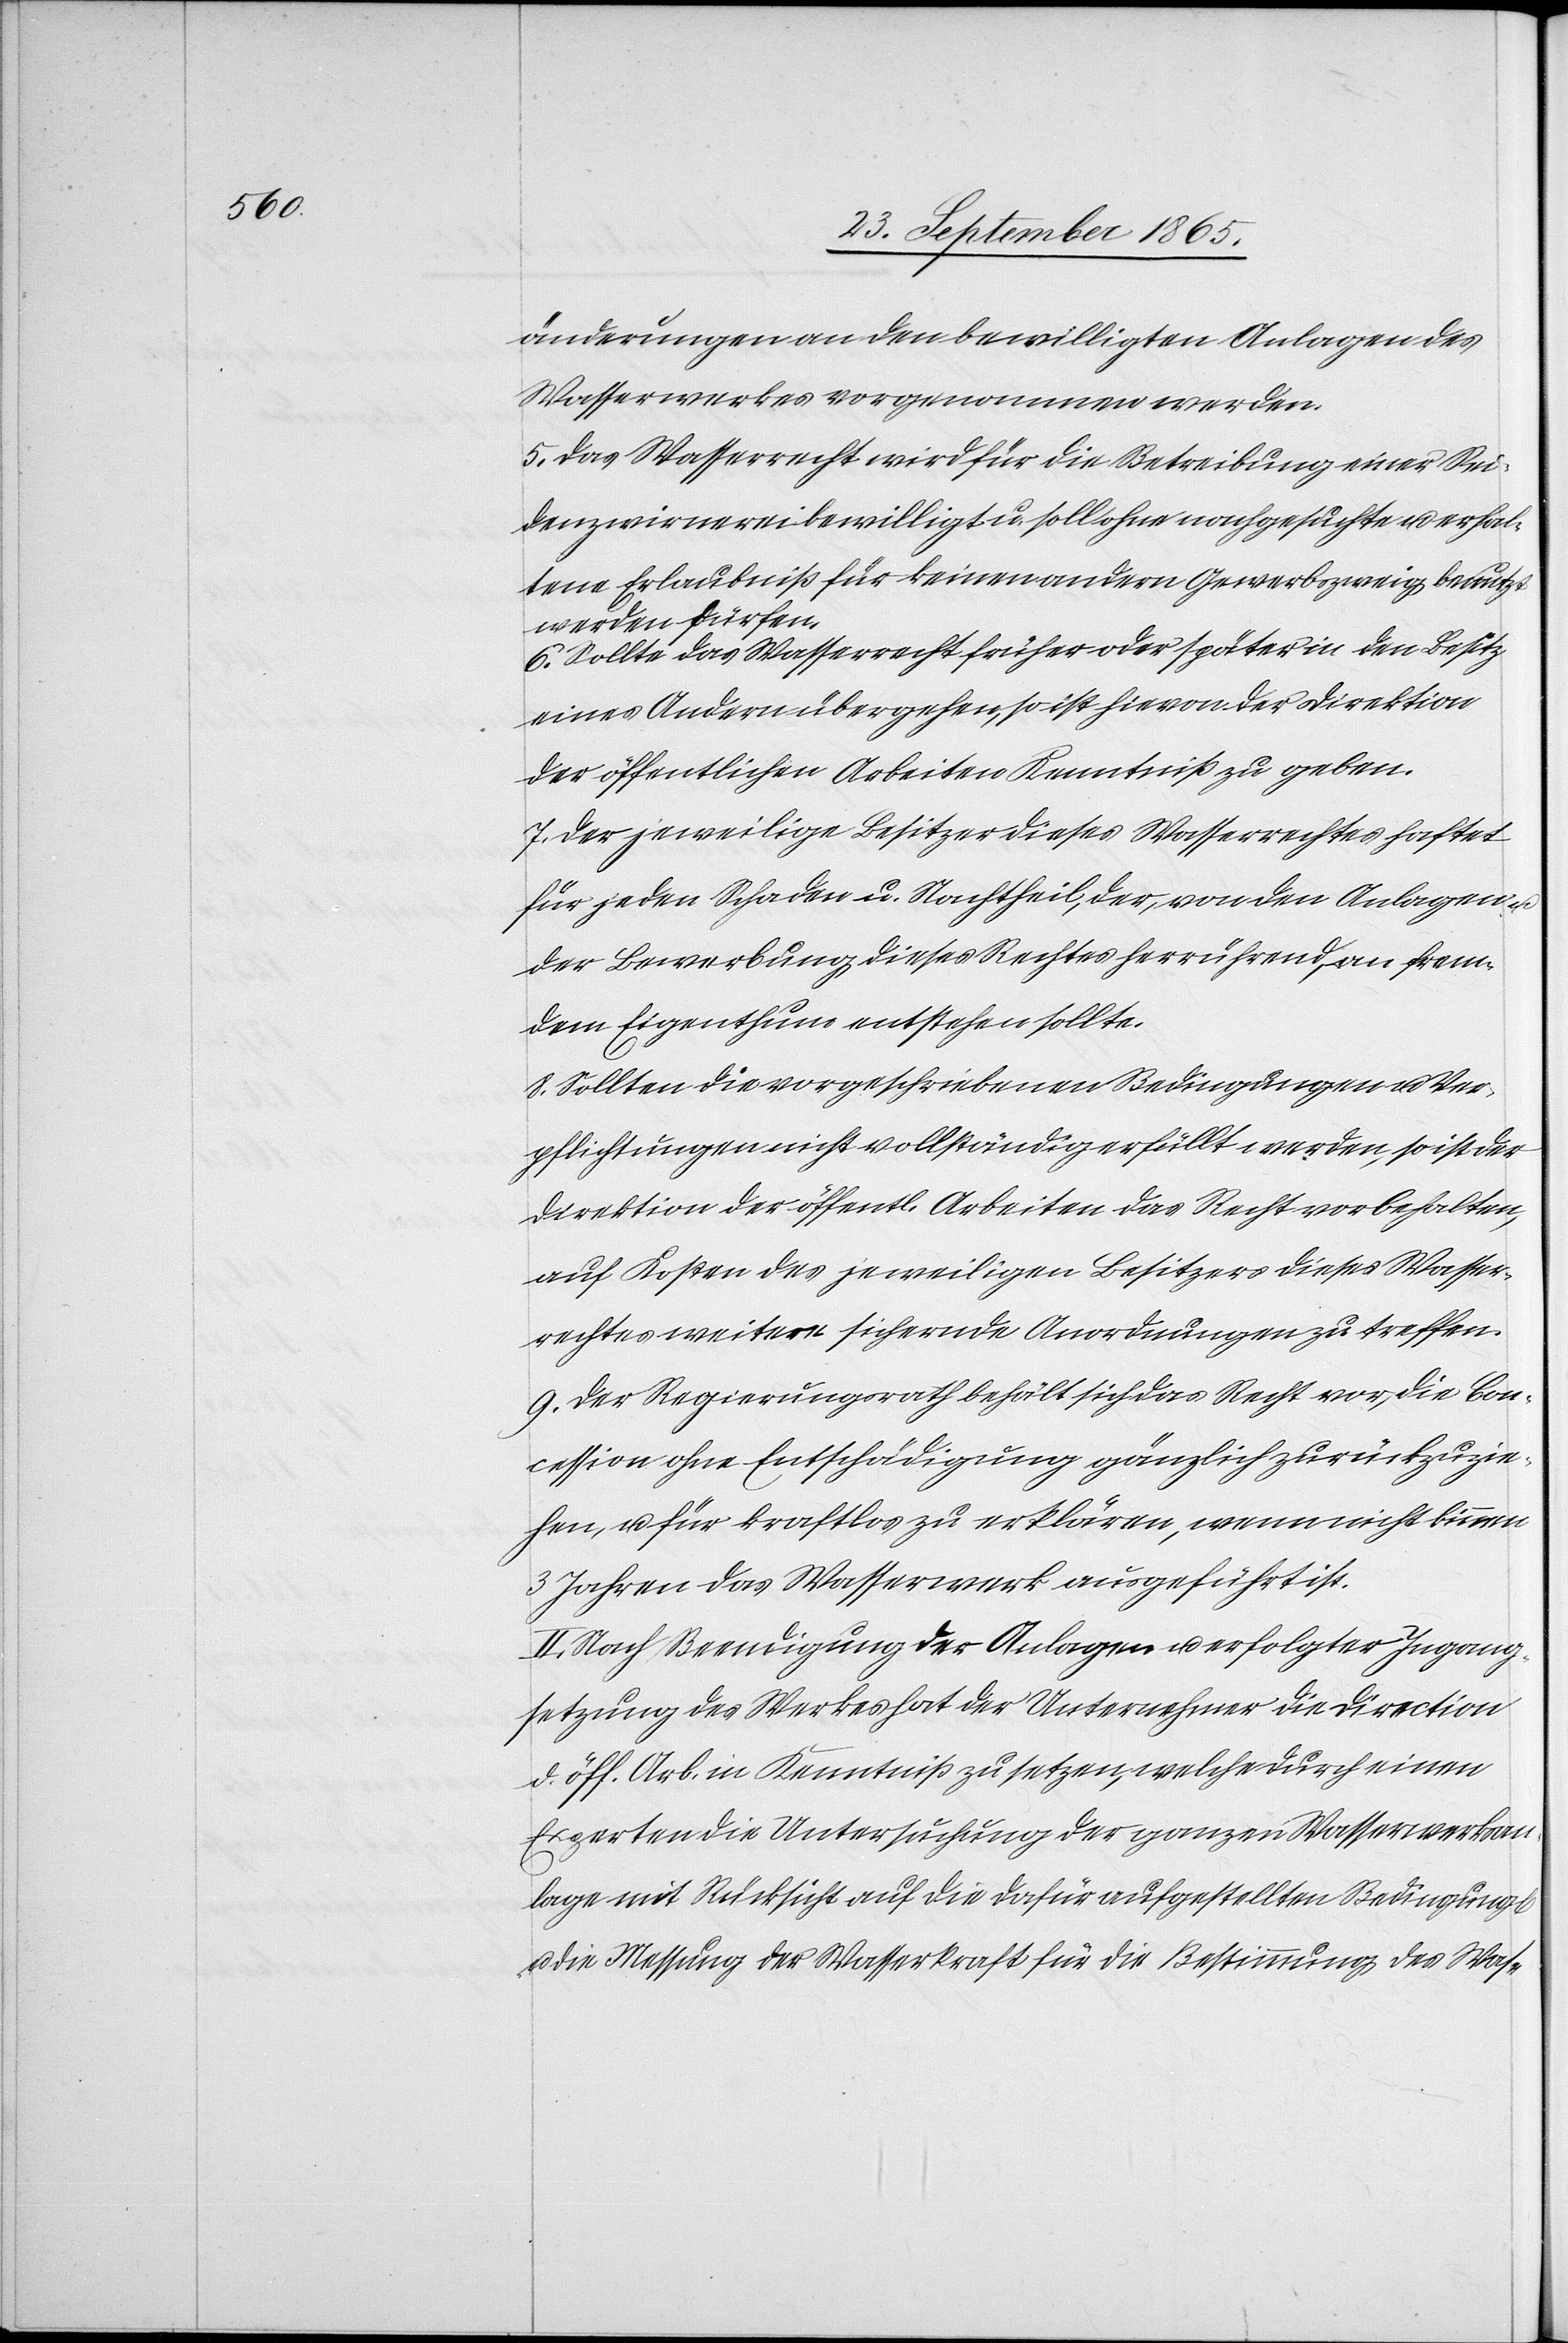
änderungen an den bewilligten Anlagen des
Wasserwerkes vorgenommen werden.
5. Das Wasserrecht wird für die Betreibung einer Sei¬
denzwirnerei bewilligt u. soll ohne nachgesuchte u. erhal¬
tene Erlaubniß für keinen andern Gewerbszweig benutzt
werden dürfen.
6. Sollte das Wasserrecht früher oder später in den Besitz
eines Andern übergehen, so ist hievon der Direktion
der öffentlichen Arbeiten Kenntniß zu geben.
7. Der jeweilige Besitzer dieses Wasserrechtes haftet
für jeden Schaden u. Nachtheil, der, von den Anlagen u.
der Bewerbung dieses Rechtes herrührend, an frem¬
dem Eigenthum entstehen sollte.
8. Sollten die vorgeschriebenen Bedingungen u. Ver¬
pflichtungen nicht vollständig erfüllt werden, so ist der
Direktion der öffentl. Arbeiten das Recht vorbehalten,
auf Kosten des jeweiligen Besitzers dieses Wasser¬
rechtes weitere sichernde Anordnungen zu treffen.
9. Der Regierungsrath behält sich das Recht vor, die Con¬
cession ohne Entschädigung gänzlich zurückzuzie¬
hen, u. für kraftlos zu erklären, wenn nicht binnen
3 Jahren das Wasserwerk ausgeführt ist.
II. Nach Beendigung der Anlagen u. erfolgter Ingang¬
setzung des Werkes hat der Unternehmer die Direction
d. öff. Arbeiten in Kenntniß zu setzen, welche durch einen
Experten die Untersuchung der ganzen Wasserwerksan¬
lage mit Rücksicht auf die dafür aufgestellten Bedingung[en]
die Messung der Wasserkraft für die Bestimmung des Was-